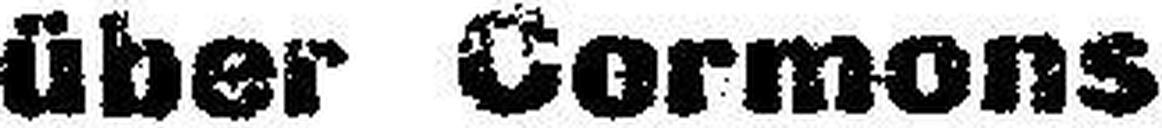
über Cormons